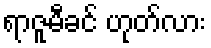
ရာဇူမီခင် ဟုတ်လား